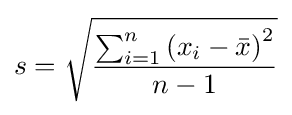
s={\sqrt {\frac {\sum _{i=1}^{n}{\left(x_{i}-{\bar {x}}\right)}^{2}}{n-1}}}